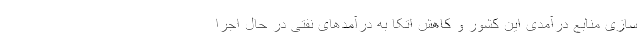
سازی منابع درآمدی این کشور و کاهش اتکا به درآمدهای نفتی در حال اجرا